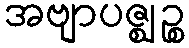
အဗျာပဇ္ဈဉ္စ